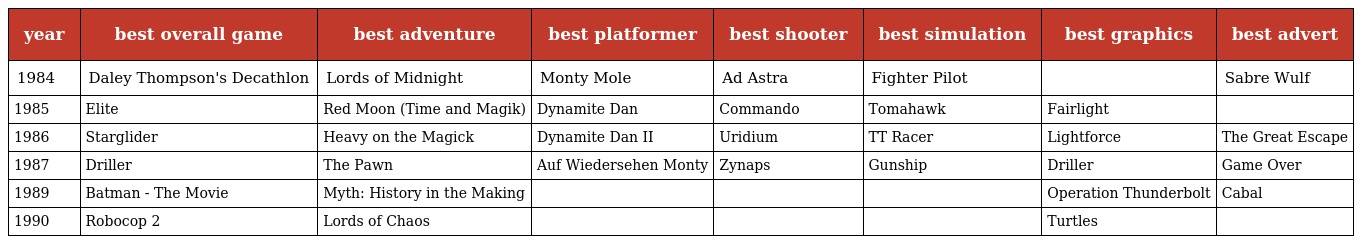
| year | best overall game | best adventure | best platformer | best shooter | best simulation | best graphics | best advert |
 | --- | --- | --- | --- | --- | --- | --- | --- |
 | 1984 | Daley Thompson's Decathlon | Lords of Midnight | Monty Mole | Ad Astra | Fighter Pilot |  | Sabre Wulf |
 | 1985 | Elite | Red Moon (Time and Magik) | Dynamite Dan | Commando | Tomahawk | Fairlight |  |
 | 1986 | Starglider | Heavy on the Magick | Dynamite Dan II | Uridium | TT Racer | Lightforce | The Great Escape |
 | 1987 | Driller | The Pawn | Auf Wiedersehen Monty | Zynaps | Gunship | Driller | Game Over |
 | 1989 | Batman - The Movie | Myth: History in the Making |  |  |  | Operation Thunderbolt | Cabal |
 | 1990 | Robocop 2 | Lords of Chaos |  |  |  | Turtles |  |